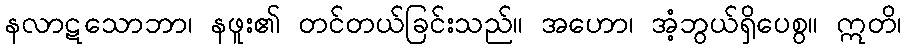
နလာဋသောဘာ၊ နဖူး၏ တင်တယ်ခြင်းသည်။ အဟော၊ အံ့ဘွယ်ရှိပေစွ။ ဣတိ၊